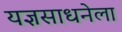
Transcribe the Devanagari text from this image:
यज्ञसाधनेला